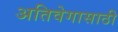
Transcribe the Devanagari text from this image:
अतिवेगासाठी